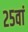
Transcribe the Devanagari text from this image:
२५वां